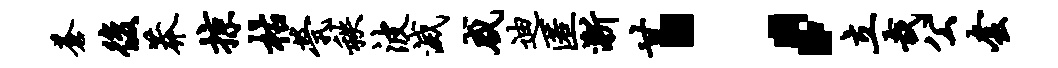
苍后莽掠枯茕秩波灭咸迪匿渐甘；立哉公套